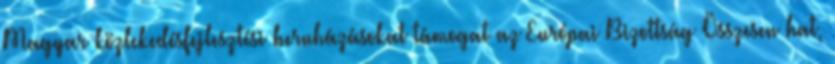
Magyar közlekedésfejlesztési beruházásokat támogat az Európai Bizottság Összesen hat,